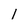
Character: l